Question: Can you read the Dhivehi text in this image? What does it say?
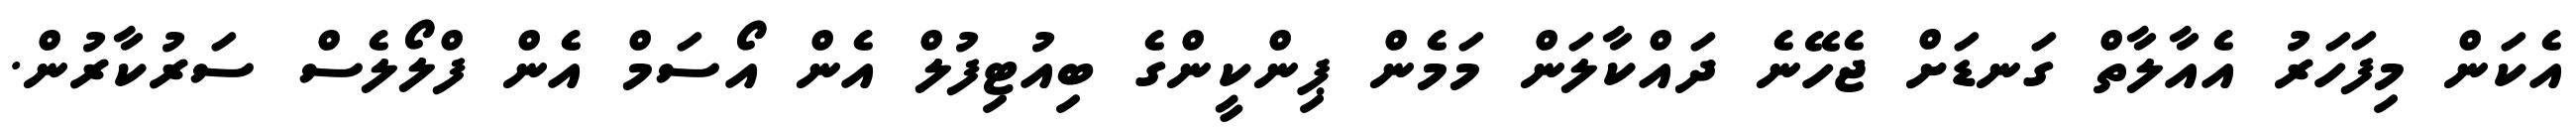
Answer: އެކަން މިފަހަރު އެއާލާތް ގަނޑަށް ޖެހޭނެ ދައްކާލަން މަމެން ޕިންކީންގެ ބިއުޓިފުލް އެން އޯސަމް އެން ފްލޯލެސް ސަރުކާރުން.